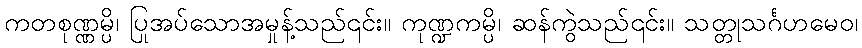
ကတစုဏ္ဏမ္ပိ၊ ပြုအပ်သောအမှုန့်သည်၎င်း။ ကုဏ္ဍကမ္ပိ၊ ဆန်ကွဲသည်၎င်း။ သတ္တုသင်္ဂဟမေဝ၊